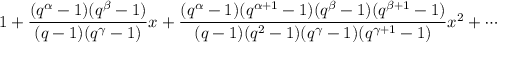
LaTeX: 1 + { \frac { ( q ^ { \alpha } - 1 ) ( q ^ { \beta } - 1 ) } { ( q - 1 ) ( q ^ { \gamma } - 1 ) } } x + { \frac { ( q ^ { \alpha } - 1 ) ( q ^ { \alpha + 1 } - 1 ) ( q ^ { \beta } - 1 ) ( q ^ { \beta + 1 } - 1 ) } { ( q - 1 ) ( q ^ { 2 } - 1 ) ( q ^ { \gamma } - 1 ) ( q ^ { \gamma + 1 } - 1 ) } } x ^ { 2 } + \cdots